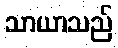
သာယာသည်